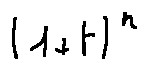
( 1 + t ) ^ { n }